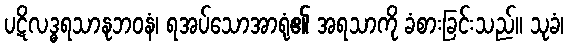
ပဋိလဒ္ဓရသာနုဘဝနံ၊ ရအပ်သောအာရုံ၏ အရသာကို ခံစားခြင်းသည်။ သုခံ၊